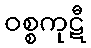
ဝစ္စကုဋီ